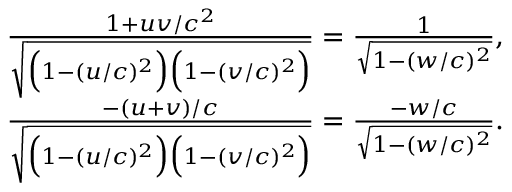
\begin{array} { r } { \frac { 1 + u v / c ^ { 2 } } { \sqrt { \Big ( 1 - ( u / c ) ^ { 2 } \Big ) \Big ( 1 - ( v / c ) ^ { 2 } \Big ) } } = \frac { 1 } { \sqrt { 1 - ( w / c ) ^ { 2 } } } , } \\ { \frac { - ( u + v ) / c } { \sqrt { \Big ( 1 - ( u / c ) ^ { 2 } \Big ) \Big ( 1 - ( v / c ) ^ { 2 } \Big ) } } = \frac { - w / c } { \sqrt { 1 - ( w / c ) ^ { 2 } } } . } \end{array}